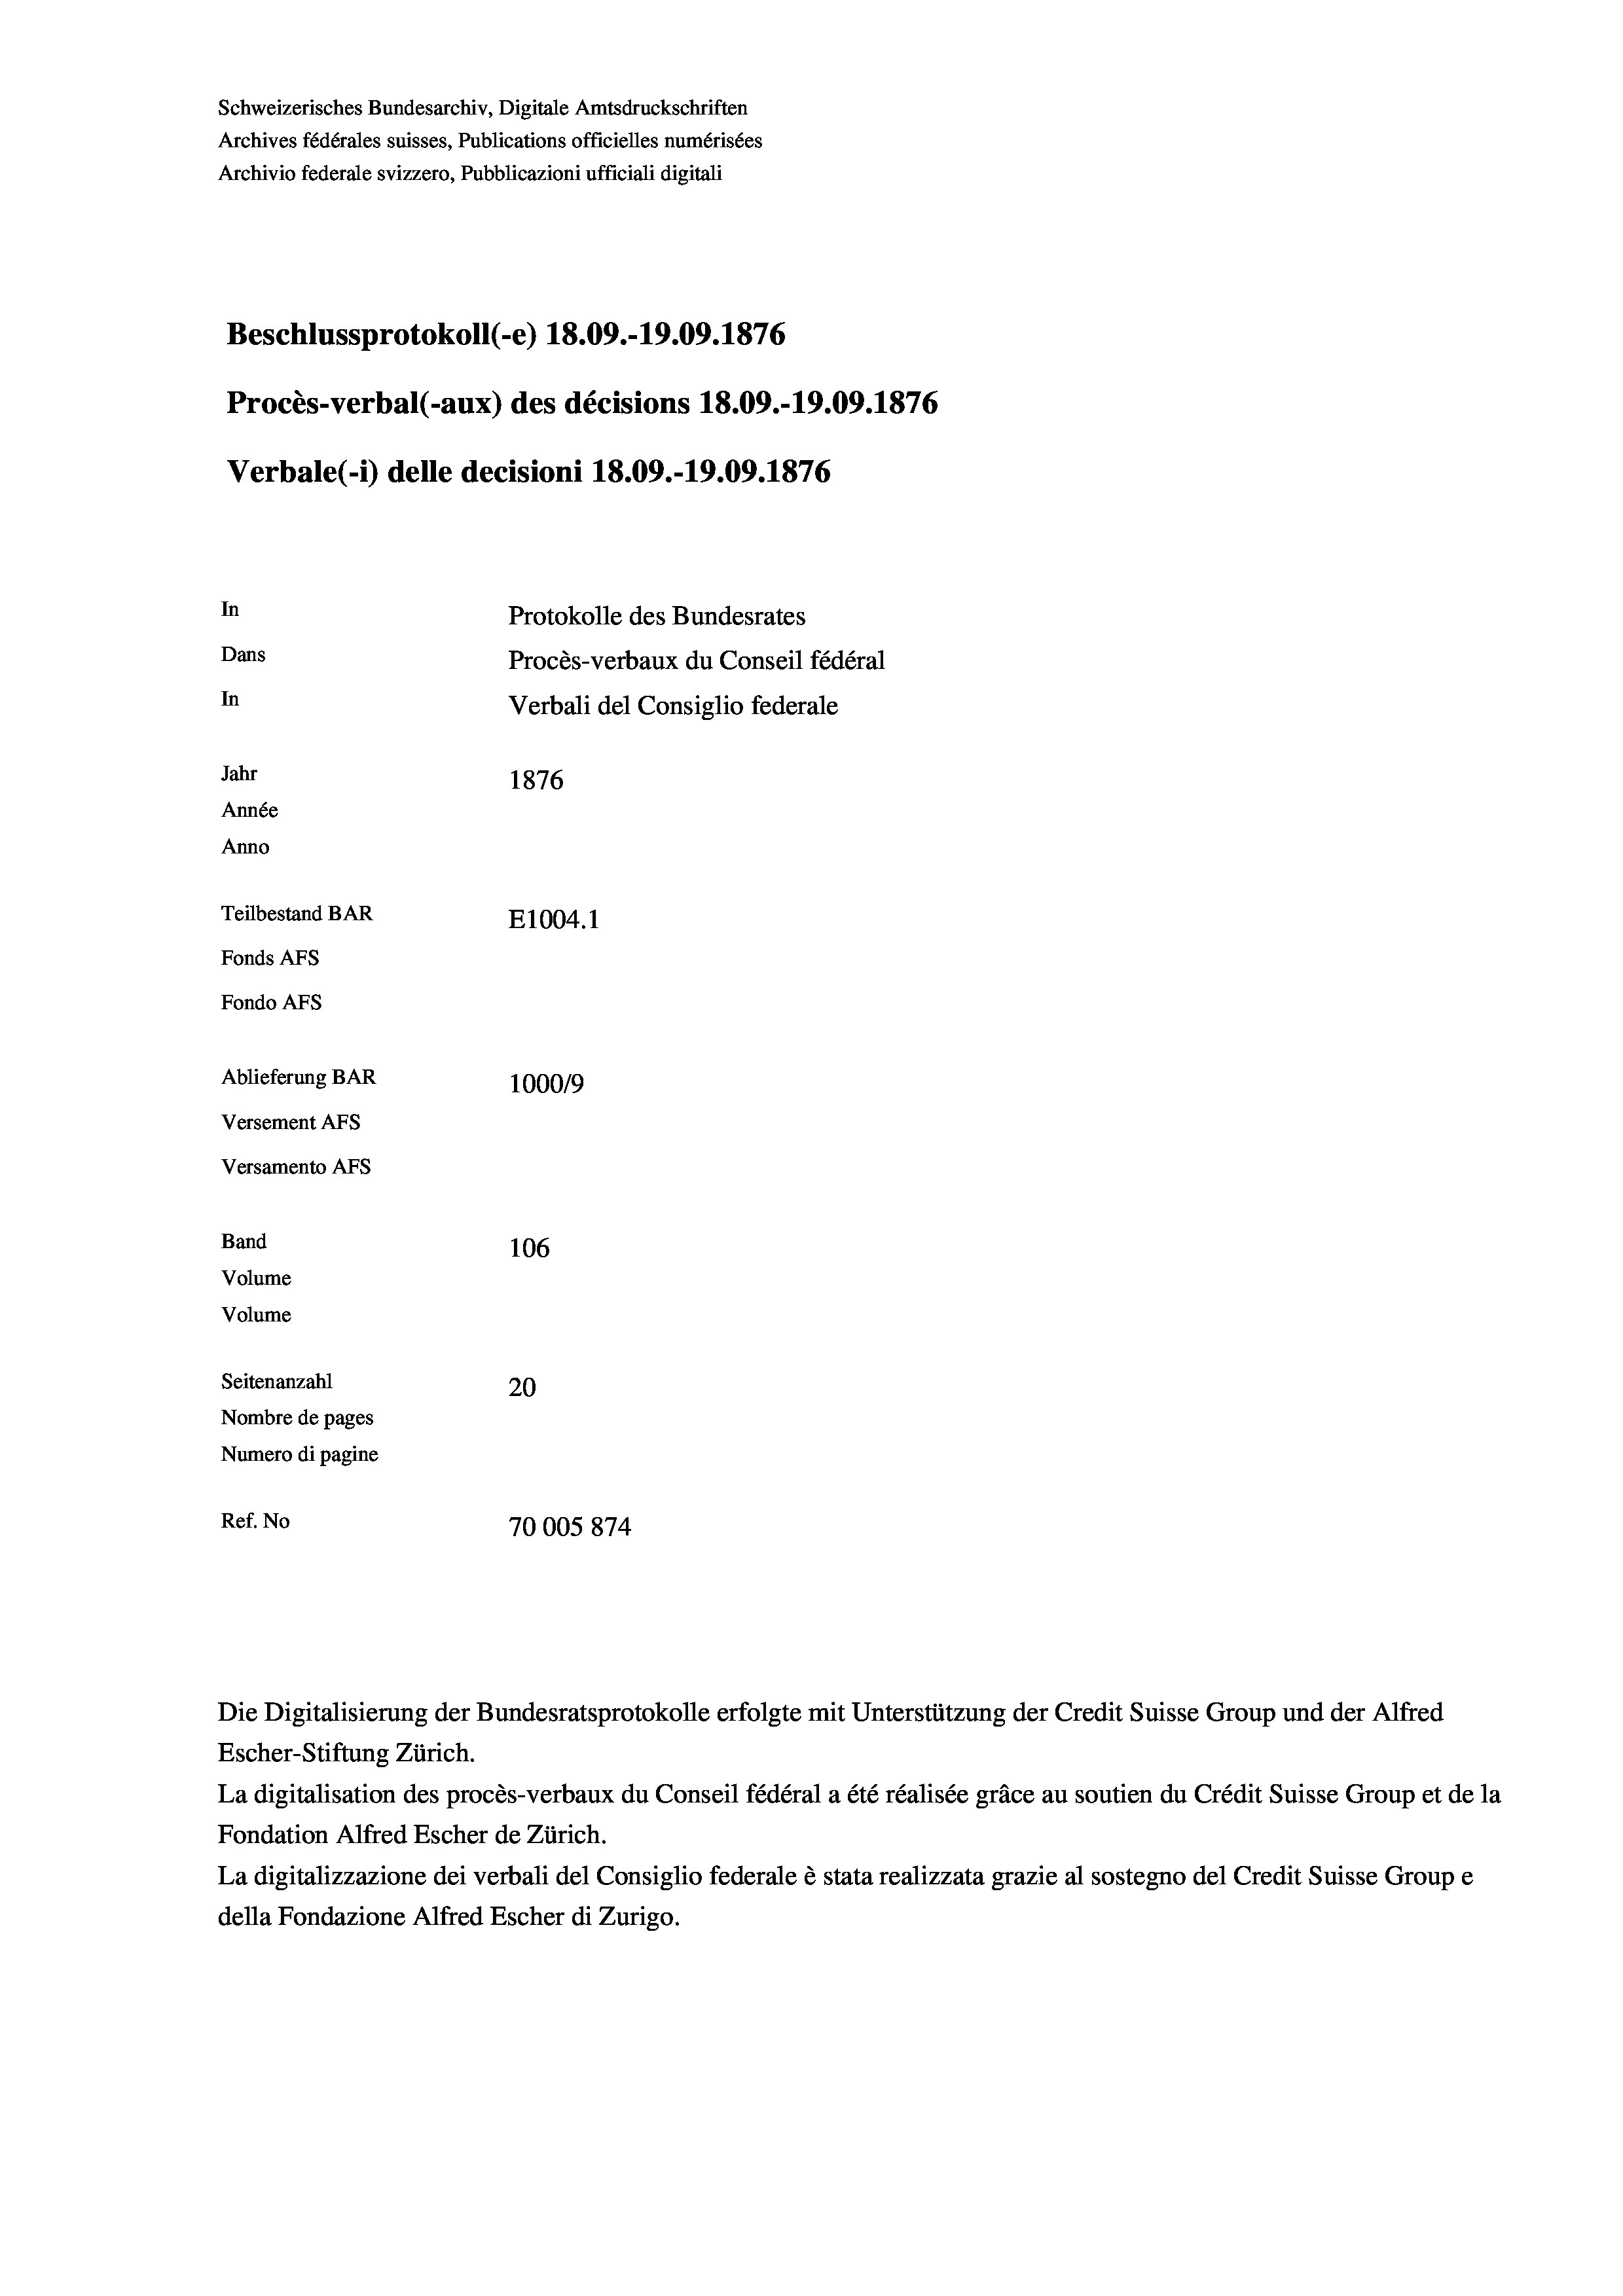
Schweizerisches Bundesarchiv, Digitale Amtsdruckschriften
Archives fédérales suisses, Publications officielles numérisées
Archivio federale svizzero, Pubblicazioni ufficiali digitali

Procès-verbal (-aux) des décisions 18.09.-19.09. 1876
Verbale(*) delle decisioni 18.09.-19.09. 1876
In
Protokolle des Bundesrates

Dans
In
Jahr
1876
Année
Anno
Teilbestand BAR
E1004. 1
Fonds AFs
Fondo Afs
Ablieferung BAR
100019
Versement AFs

Versamento AFs
Band
Volume
Volume
Seitenanzahl

106
20
Nombre de pages
Numero di pagine
Ref. No
70005 874

Beschlussprotokoll (-e) 18.09.-19.09. 1876

Procès-verbaux du Conseil fédéral
Verbali del Consiglio federale

Die Digitalisierung der Bundesratsprotokolle erfolgte mit Unterstützung der Credit Suisse Group und der Alfred
Escher-Stiftung Zürich.
La digitalisation des procès-verbaux du Conseil fédéral a été réalisée gräce au soutien du Crédit Suisse Group et de la
Fondation Alfred Escher de Zürich.
La digitalizzazione dei verbali del Consiglio federale è stata realizzata grazie al sostegno del Credit Suisse Groupe
della Fondazione Alfred Escher di Zurigo.